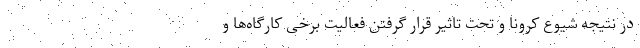
در نتیجه شیوع کرونا و تحت تاثیر قرار گرفتن فعالیت برخی کارگاه‌ها و